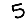
Digit: 5